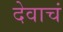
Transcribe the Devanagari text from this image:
देवाचं